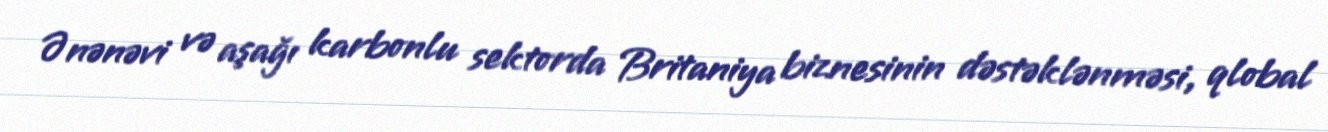
Ənənəvi və aşağı karbonlu sektorda Britaniya biznesinin dəstəklənməsi, qlobal